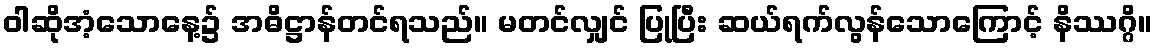
ဝါဆိုအံ့သောနေ့၌ အဓိဋ္ဌာန်တင်ရသည်။ မတင်လျှင် ပြုပြီး ဆယ်ရက်လွန်သောကြောင့် နိဿဂ္ဂိ။